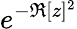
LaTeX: e^{-\Re[z]^{2}}